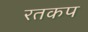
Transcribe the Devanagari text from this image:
रतकप